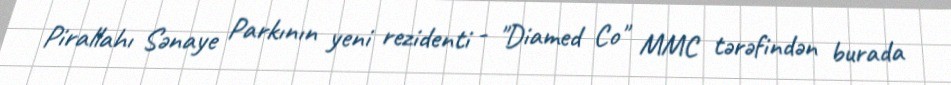
Pirallahı Sənaye Parkının yeni rezidenti - "Diamed Co" MMC tərəfindən burada